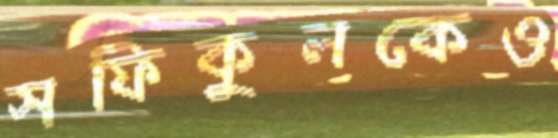
সফিকুলকেও